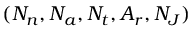
( N _ { n } , N _ { a } , N _ { t } , A _ { r } , N _ { J } )